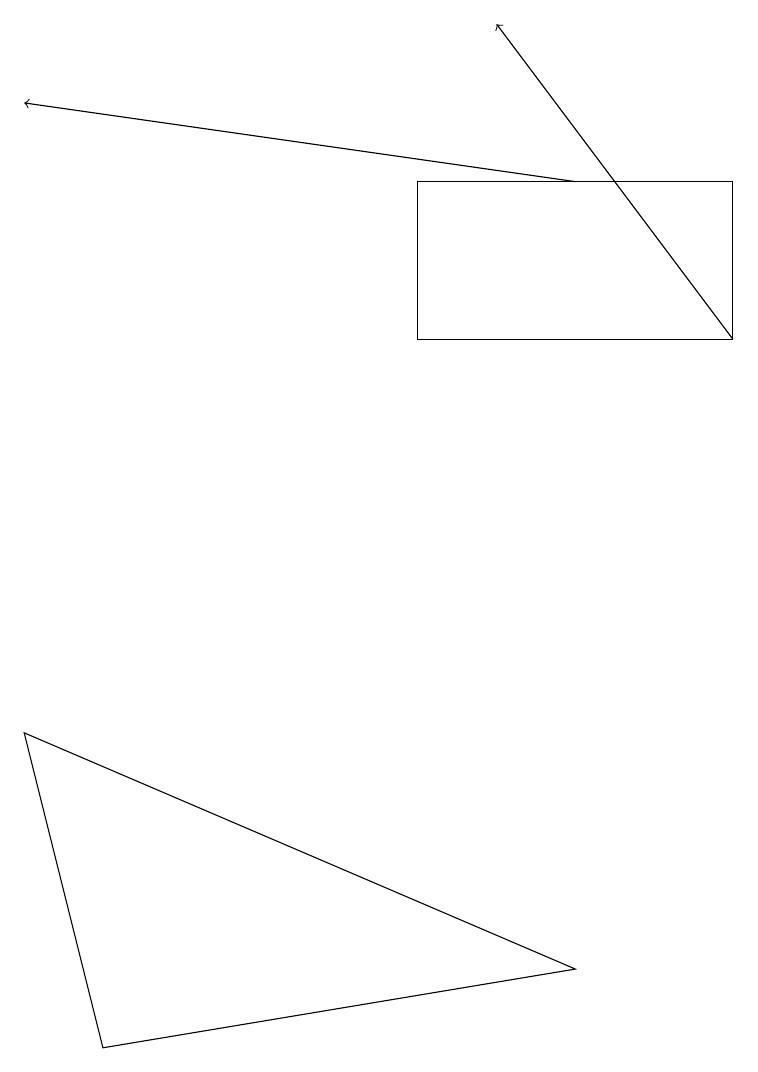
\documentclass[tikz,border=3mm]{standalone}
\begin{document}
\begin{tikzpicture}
\draw (9,14) rectangle (5,16);
\draw[->] (7,16) -- (0,17);
\draw (0,9) -- (1,5) -- (7,6) -- cycle;
\draw[->] (9,14) -- (6,18);
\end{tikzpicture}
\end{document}